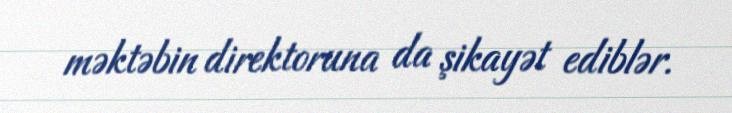
məktəbin direktoruna da şikayət ediblər.